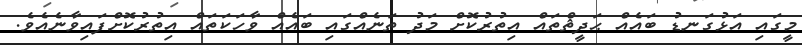
މީގައި އަޅުގަނޑު ބައެއް ޙަދީޘްތައް އިތުރުކޮށް މަދު ތަނެއްގައި ބައެއް ވާހަކަތައް އިތުރުކޮށްފައިވާނެއެވެ.